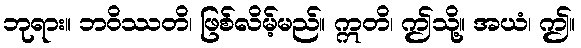
ဘုရား။ ဘဝိဿတိ၊ ဖြစ်လိမ့်မည်။ ဣတိ၊ ဤသို့။ အယံ၊ ဤ။